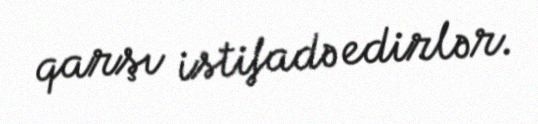
qarşı istifadə edirlər.